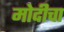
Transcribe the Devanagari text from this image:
मोदीचा